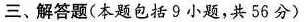
三、解答题(本题包括9小题，共56分)